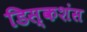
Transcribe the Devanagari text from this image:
डिस्कशंस